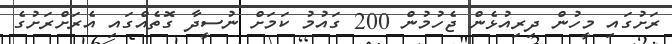
ރަށުގައި މީހުން ދިރިއުޅެން ޖެހުމުން 200 ގައުމު ކަމަށް ނުސީދާ ގޮތެއްގައި އެރަށްރަށުގެ